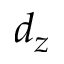
d _ { z }